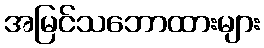
အမြင်သဘောထားများ